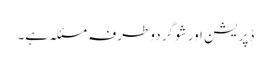
ڈپریشن اور شوگر دو طرفہ مسئلہ ہے۔